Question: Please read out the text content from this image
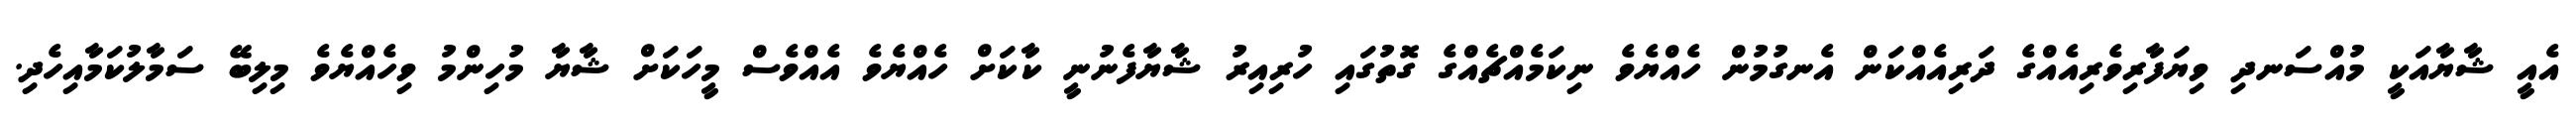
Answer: އެއީ ޝާޔާއަކީ މުއްސަނދި ވިޔަފާރިވެރިއެއްގެ ދަރިއެއްކަން އެނގުމުން ހެއްޔެވެ ނިކަމެއްޗެއްގެ ގޮތުގައި ހުރިއިރު ޝާޔާފެނުނީ ކާކަށް ހެއްޔެވެ އެއްވެސް މީހަކަށް ޝާޔާ މުހިންމު ވިހެއްޔެވެ މިލިބޭ ސަމާލުކަމާއިހެދި.